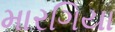
મારગિયા